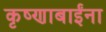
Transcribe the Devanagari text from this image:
कृष्णाबाईंना